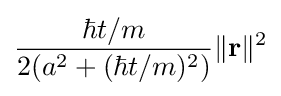
{\frac {\hbar t/m}{2(a^{2}+(\hbar t/m)^{2})}}\|\mathbf {r} \|^{2}